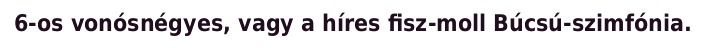
6-os vonósnégyes, vagy a híres fisz-moll Búcsú-szimfónia.